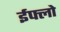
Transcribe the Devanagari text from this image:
ईफ्लो